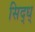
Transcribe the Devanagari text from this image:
सिद्ध्